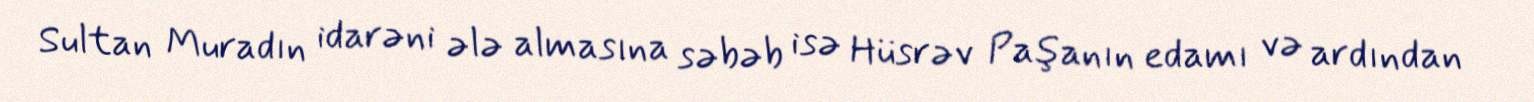
Sultan Muradın idarəni ələ almasına səbəb isə Hüsrəv Paşanın edamı və ardından